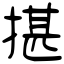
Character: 揕